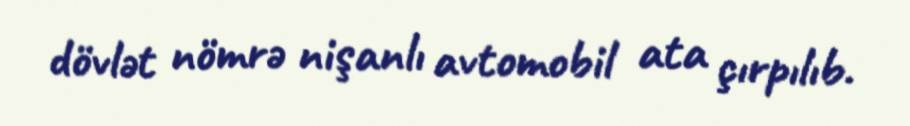
dövlət nömrə nişanlı avtomobil ata çırpılıb.